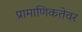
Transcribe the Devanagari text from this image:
प्रामाणिकतेवर